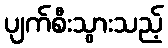
ပျက်စီးသွားသည့်